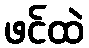
ဖင်ထဲ